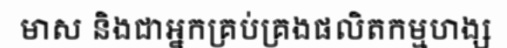
មាស និងជាអ្នកគ្រប់គ្រងផលិតកម្មហង្ស